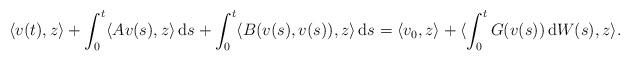
LaTeX: \begin{align*}\langle v(t),z \rangle + \int_0^t \langle A v(s) , z\rangle \, {\rm d}s+\int_0^t \langle B(v(s),v(s)), z\rangle\, {\rm d}s=\langle v_0,z\rangle+\langle \int_0^tG(v(s))\, {\rm d}W(s),z\rangle.\end{align*}